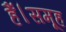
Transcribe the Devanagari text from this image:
हैं।समूह